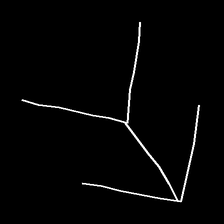
Glyph: gather